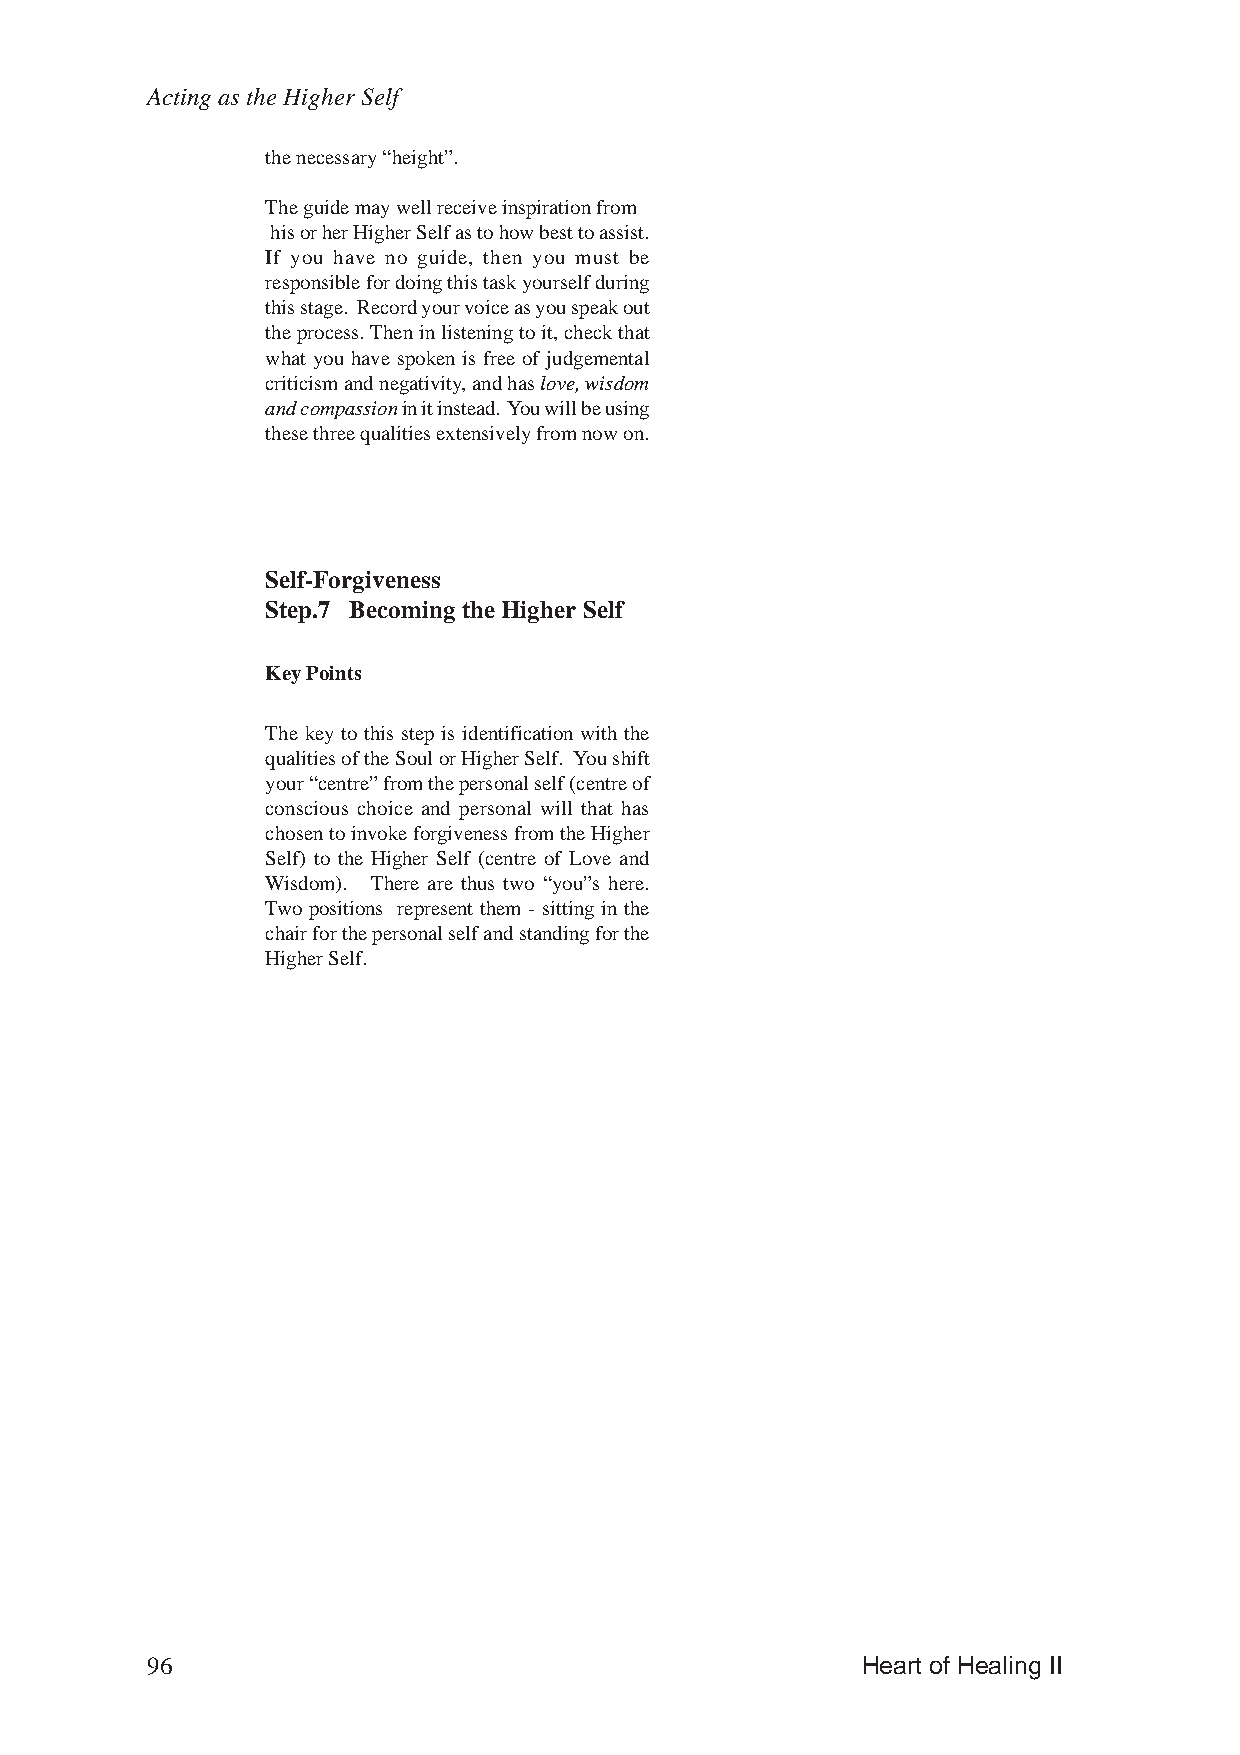
Acting as the Higher Self
 the necessary “height”.
 The guide may well receive inspiration from
 his or her Higher Self as to how best to assist.
 If you have no guide, then you must be
 responsible for doing this task yourself during
 this stage. Record your voice as you speak out
 the process. Then in listening to it, check that
 what you have spoken is free of judgemental
 criticism and negativity, and has love, wisdom
 and compassion in it instead. You will be using
 these three qualities extensively from now on.
 Self-Forgiveness
 Step.7 Becoming the Higher Self
 Key Points
 The key to this step is identification with the
 qualities of the Soul or Higher Self. You shift
 your “centre” from the personal self (centre of
 conscious choice and personal will that has
 chosen to invoke forgiveness from the Higher
 Self) to the Higher Self (centre of Love and
 Wisdom). There are thus two “you”s here.
 Two positions represent them - sitting in the
 chair for the personal self and standing for the
 Higher Self.
 96                                             Heart of Healing II